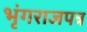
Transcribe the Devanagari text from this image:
भृंगराजपत्र